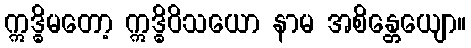
ဣဒ္ဓိမတော့ ဣဒ္ဓိဝိသယော နာမ အစိန္တေယျော။